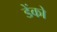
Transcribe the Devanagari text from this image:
डेंको